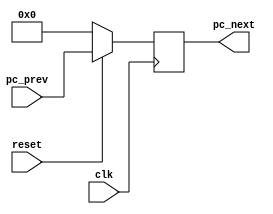
module pc_reg(
    input clk,
    //input en,                   // for debugger
    input reset,
    input [31:0]pc_prev,
    output reg [31:0]pc_next
);

initial pc_next = 0;

always @(posedge clk) begin
    if(reset) pc_next <= pc_prev;
    else pc_next <= 32'h00000000;
end

endmodule